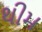
થીમ